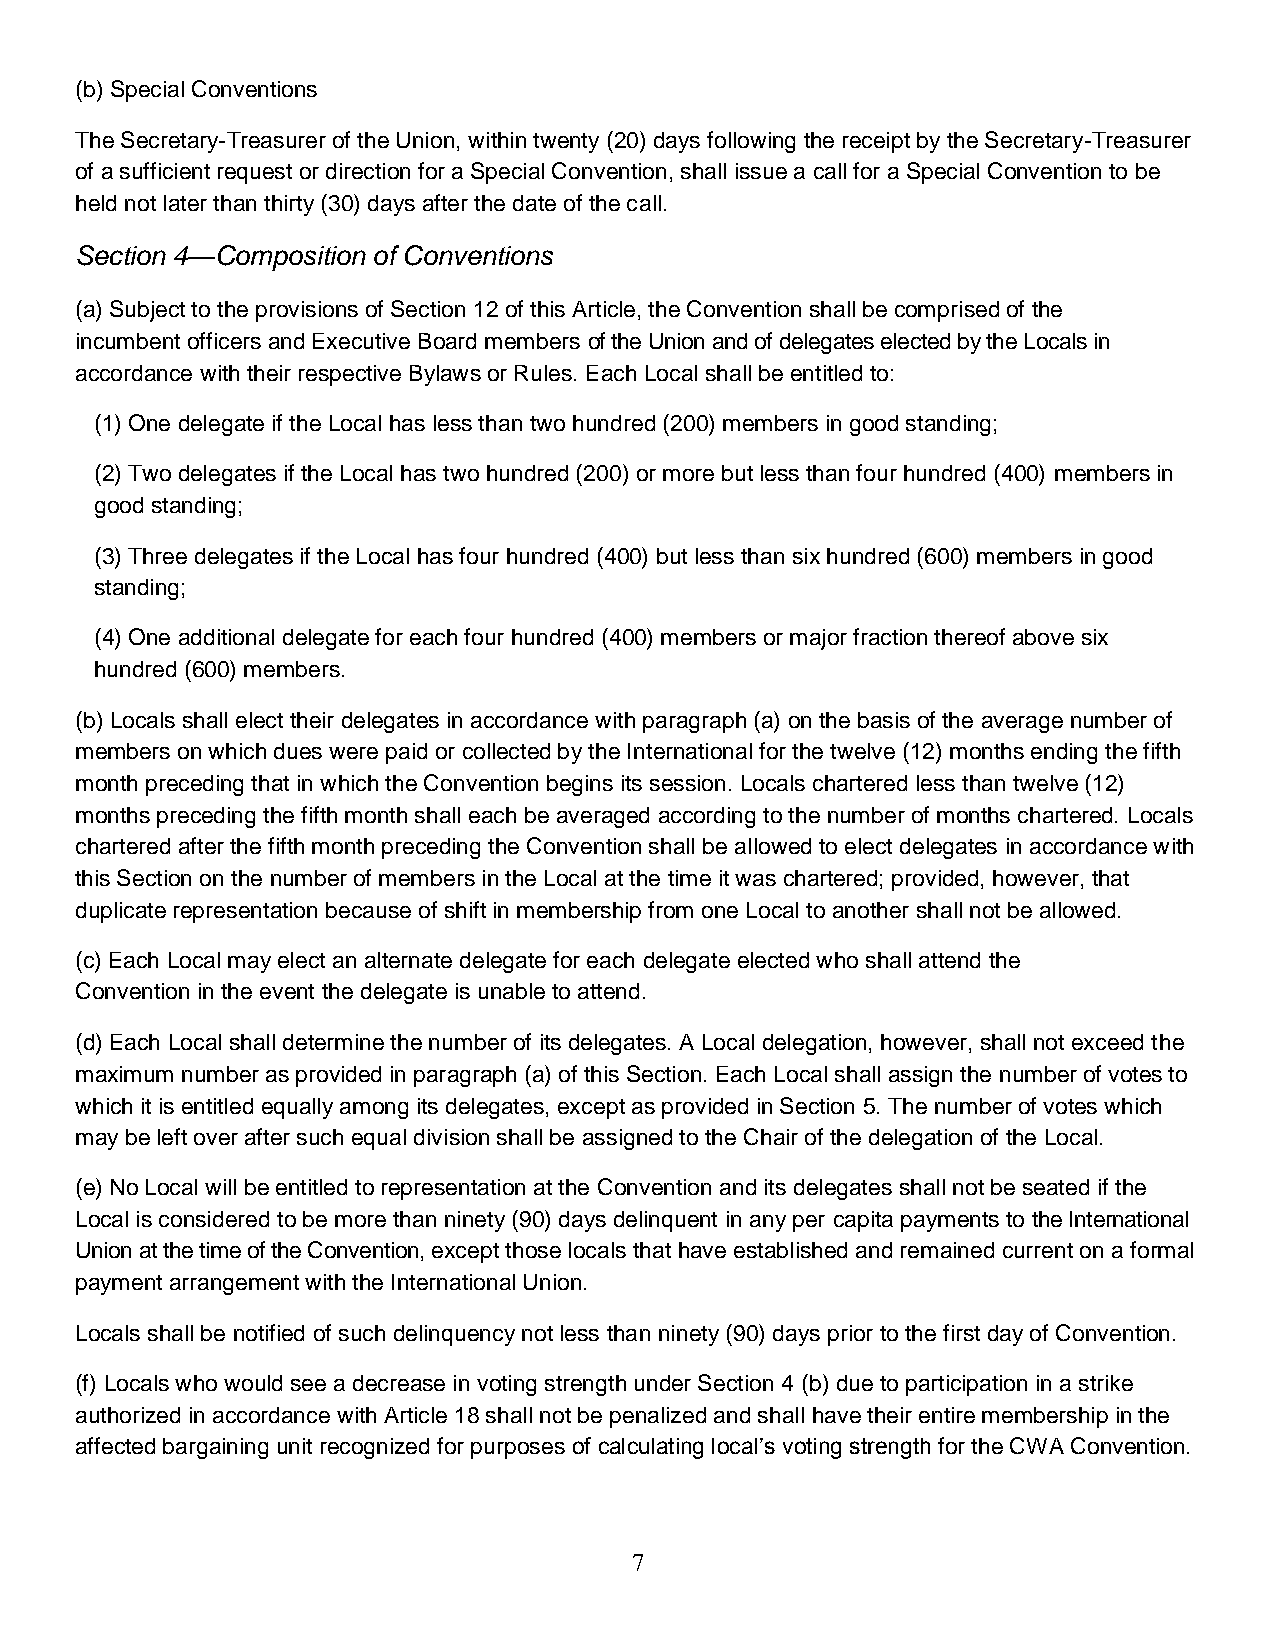
(b) Special Conventions
 The Secretary-Treasurer of the Union, within twenty (20) days following the receipt by the Secretary-Treasurer
 of a sufficient request or direction for a Special Convention, shall issue a call for a Special Convention to be
 held not later than thirty (30) days after the date of the call.
 Section 4—Composition of Conventions
 (a) Subject to the provisions of Section 12 of this Article, the Convention shall be comprised of the
 incumbent officers and Executive Board members of the Union and of delegates elected by the Locals in
 accordance with their respective Bylaws or Rules. Each Local shall be entitled to:
 (1) One delegate if the Local has less than two hundred (200) members in good standing;
 (2) Two delegates if the Local has two hundred (200) or more but less than four hundred (400) members in
 good standing;
 (3) Three delegates if the Local has four hundred (400) but less than six hundred (600) members in good
 standing;
 (4) One additional delegate for each four hundred (400) members or major fraction thereof above six
 hundred (600) members.
 (b) Locals shall elect their delegates in accordance with paragraph (a) on the basis of the average number of
 members on which dues were paid or collected by the International for the twelve (12) months ending the fifth
 month preceding that in which the Convention begins its session. Locals chartered less than twelve (12)
 months preceding the fifth month shall each be averaged according to the number of months chartered. Locals
 chartered after the fifth month preceding the Convention shall be allowed to elect delegates in accordance with
 this Section on the number of members in the Local at the time it was chartered; provided, however, that
 duplicate representation because of shift in membership from one Local to another shall not be allowed.
 (c) Each Local may elect an alternate delegate for each delegate elected who shall attend the
 Convention in the event the delegate is unable to attend.
 (d) Each Local shall determine the number of its delegates. A Local delegation, however, shall not exceed the
 maximum number as provided in paragraph (a) of this Section. Each Local shall assign the number of votes to
 which it is entitled equally among its delegates, except as provided in Section 5. The number of votes which
 may be left over after such equal division shall be assigned to the Chair of the delegation of the Local.
 (e) No Local will be entitled to representation at the Convention and its delegates shall not be seated if the
 Local is considered to be more than ninety (90) days delinquent in any per capita payments to the International
 Union at the time of the Convention, except those locals that have established and remained current on a formal
 payment arrangement with the International Union.
 Locals shall be notified of such delinquency not less than ninety (90) days prior to the first day of Convention.
 (f) Locals who would see a decrease in voting strength under Section 4 (b) due to participation in a strike
 authorized in accordance with Article 18 shall not be penalized and shall have their entire membership in the
 affected bargaining unit recognized for purposes of calculating local’s voting strength for the CWA Convention.
 7